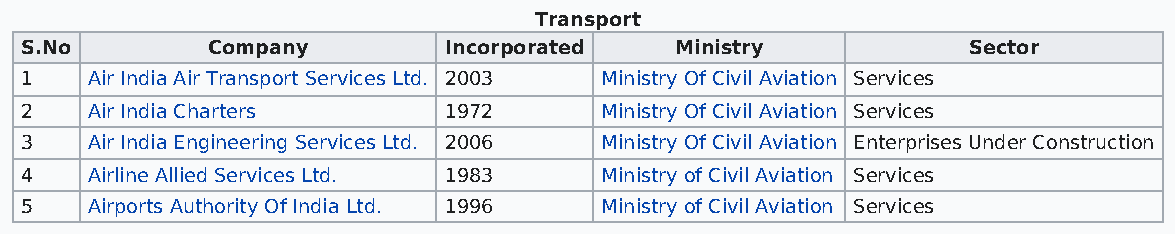
Transport
 S.No         Company        Incorporated    Ministry           Sector
 1    Air India Air Transport Services Ltd. 2003 Ministry Of Civil Aviation Services
 2    Air India Charters     1972       Ministry Of Civil Aviation Services
 3    Air India Engineering Services Ltd. 2006 Ministry Of Civil Aviation Enterprises Under Construction
 4    Airline Allied Services Ltd. 1983 Ministry of Civil Aviation Services
 5    Airports Authority Of India Ltd. 1996 Ministry of Civil Aviation Services